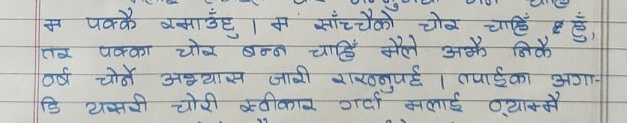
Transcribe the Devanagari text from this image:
म पक्कै रसाउँछु । म साँच्चैकै चोर चाहिँ हुँ,
तर पक्का चोर बन्न चाहिँ मैले अझै निकै
वर्ष चोर्ने अभ्यास जारी राख्नुपर्छ । तपाईंका अगाडि
यसरी चोरी स्वीकार गर्दा मलाई र्याम्सै